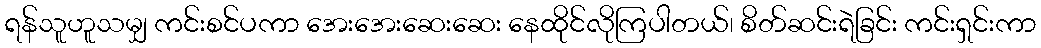
ရန်သူဟူသမျှ ကင်းစင်ပကာ အေးအေးဆေးဆေး နေထိုင်လိုကြပါတယ်၊ စိတ်ဆင်းရဲခြင်း ကင်းရှင်းကာ